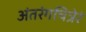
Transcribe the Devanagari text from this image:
अंतरंगचित्रेरं